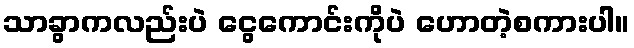
သာခွာကလည်းပဲ ငွေကောင်းကိုပဲ ဟောတဲ့စကားပါ။